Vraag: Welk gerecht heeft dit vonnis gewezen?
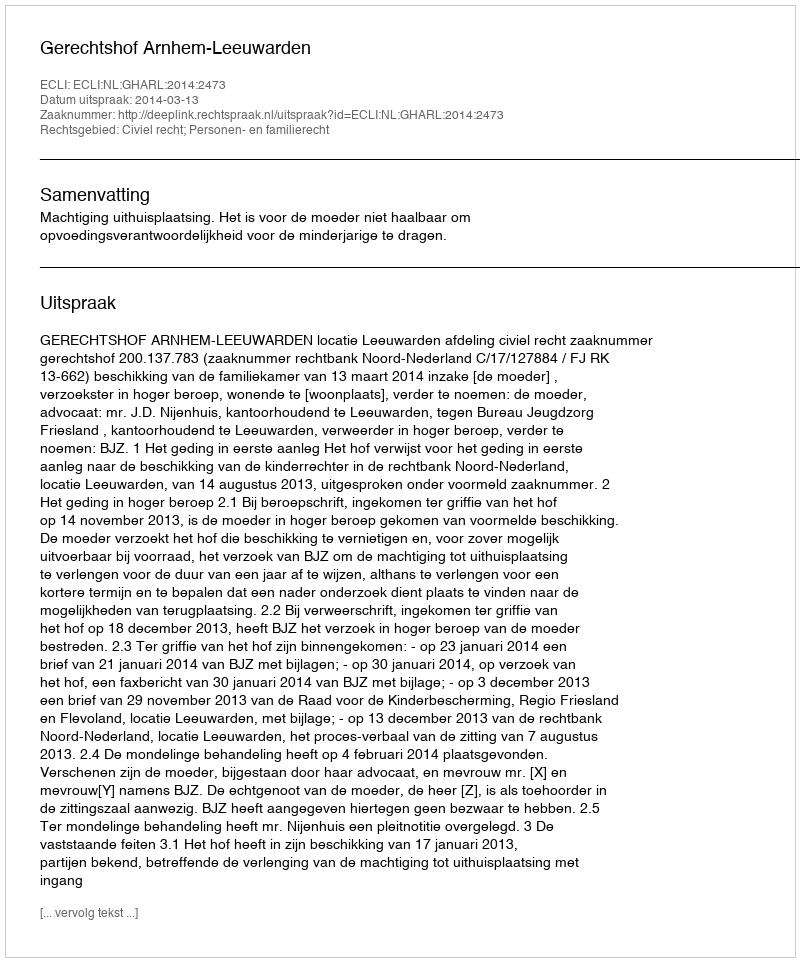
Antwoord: Gerechtshof Arnhem-Leeuwarden